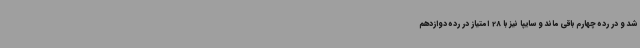
شد و در رده چهارم باقی ماند و سایپا نیز با 28 امتیاز در رده دوازدهم